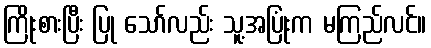
ကြိုးစားပြီး ပြု သော်လည်း သူ့အပြုံးက မကြည်လင်။